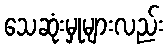
သေဆုံးမှုများလည်း